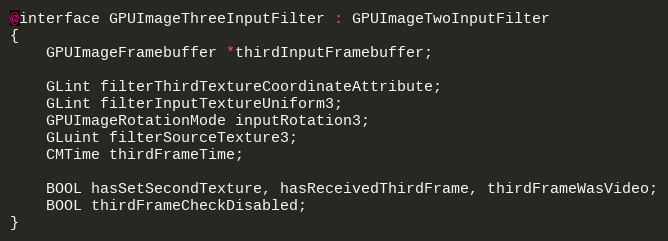
Language: C
@interface GPUImageThreeInputFilter : GPUImageTwoInputFilter
{
    GPUImageFramebuffer *thirdInputFramebuffer;

    GLint filterThirdTextureCoordinateAttribute;
    GLint filterInputTextureUniform3;
    GPUImageRotationMode inputRotation3;
    GLuint filterSourceTexture3;
    CMTime thirdFrameTime;

    BOOL hasSetSecondTexture, hasReceivedThirdFrame, thirdFrameWasVideo;
    BOOL thirdFrameCheckDisabled;
}